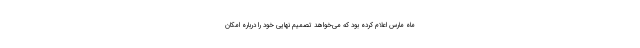
ماه مارس اعلام کرده بود که می‌خواهد تصمیم نهایی خود را درباره امکان